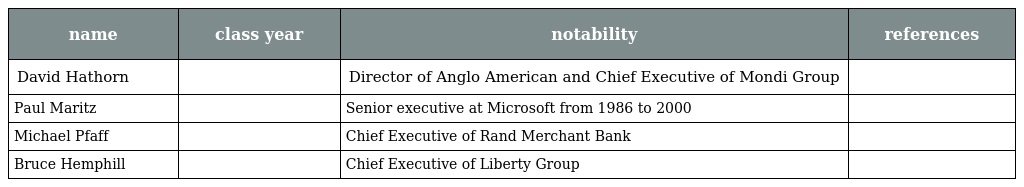
| name | class year | notability | references |
 | --- | --- | --- | --- |
 | David Hathorn |  | Director of Anglo American and Chief Executive of Mondi Group |  |
 | Paul Maritz |  | Senior executive at Microsoft from 1986 to 2000 |  |
 | Michael Pfaff |  | Chief Executive of Rand Merchant Bank |  |
 | Bruce Hemphill |  | Chief Executive of Liberty Group |  |